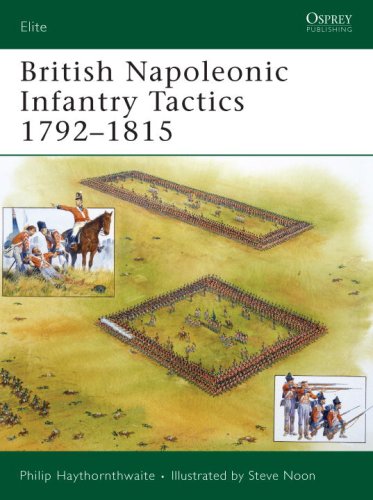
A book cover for British Napoleonic Infantry Tactics 1792-1815 (Elite); Philip Haythornthwaite; History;